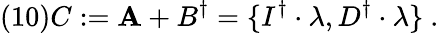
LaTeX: (10)C:=\mathbf{A}+B^{\dagger}=\{ I^{\dagger}\cdot\lambda,D^{\dagger}\cdot\lambda\} \ .